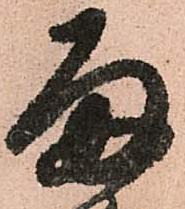
雨